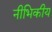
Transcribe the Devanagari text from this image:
नीभिकीय